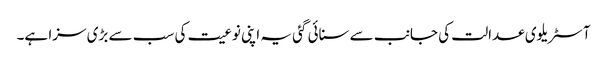
آسٹریلوی عدالت کی جانب سے سنائی گئی یہ اپنی نوعیت کی سب سے بڑی سزا ہے۔